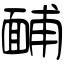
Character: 䩉